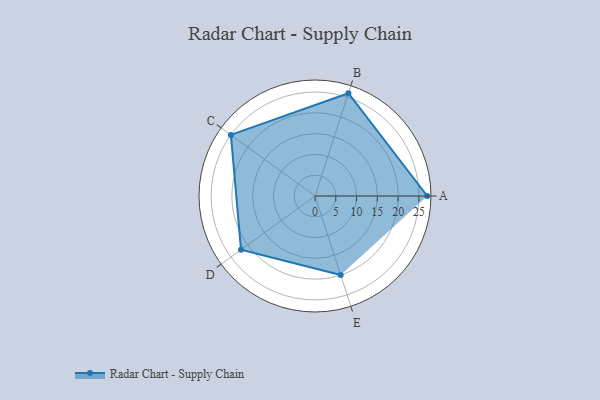
{"axis": {"x": "Skill", "y": "Score"}, "legend": ["Profile"], "data": [{"x": "A", "y": 27.0, "type": "Profile"}, {"x": "B", "y": 26.0, "type": "Profile"}, {"x": "C", "y": 25.0, "type": "Profile"}, {"x": "D", "y": 22.0, "type": "Profile"}, {"x": "E", "y": 20, "type": "Profile"}]}